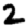
Digit: 2